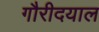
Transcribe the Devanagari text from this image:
गौरीदयाल